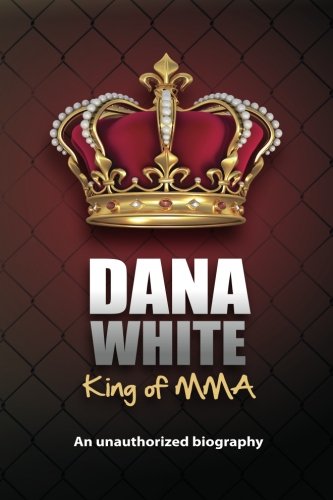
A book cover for Dana White, King of MMA: Dana White an unauthorized biography; June White; Sports & Outdoors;